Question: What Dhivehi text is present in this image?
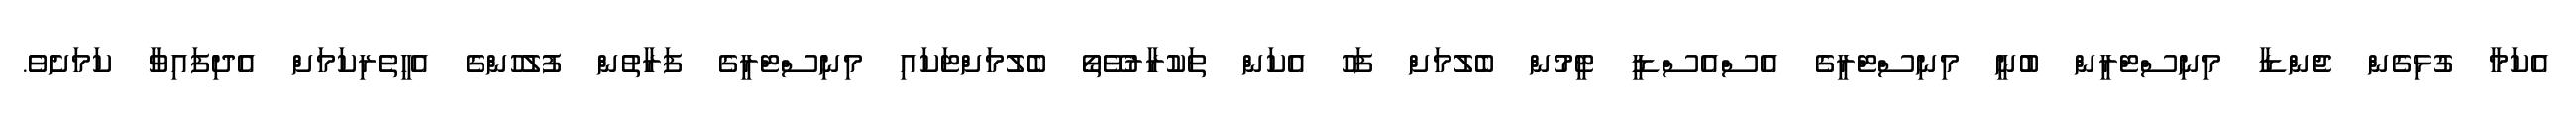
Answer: އެކަމާ ގުޅިގެން ޖެންޑާ މިނިސްޓްރީން ބުނީ މިނިސްޓްރީގެ އެސްއެސްޑީ ޓީމުން ބެލުމަށް ފަހު އެކަން ތަކުރާރުވޭތޯ ބެލުމަށްޓަކައި މިނިސްޓްރީގެ ފަރާތުން ފުލުހުންގެ އެހީތެރިކަމަށް އެދިފައިވާ ކަމަށެވެ.